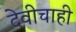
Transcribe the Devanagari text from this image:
देवीचाही